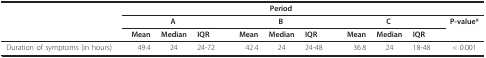
|  | <COLSPAN=9> Period |  |
 |  | <COLSPAN=3> A | <COLSPAN=3> B | <COLSPAN=3> C | P-value* |
 |  | Mean | Median | IQR | Mean | Median | IQR | Mean | Median | IQR |  |
 | --- | --- | --- | --- | --- | --- | --- | --- | --- | --- | --- |
 | Duration of symptoms (in hours) | 49.4 | 24 | 24-72 | 42.4 | 24 | 24-48 | 36.8 | 24 | 18-48 | < 0.001 |